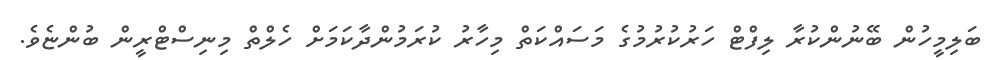
ބަލިމީހުން ބޭނުންކުރާ ލިފްޓް ހަރުކުރުމުގެ މަސައްކަތް މިހާރު ކުރަމުންދާކަމަށް ހެލްތް މިނިސްޓްރީން ބުންޏެވެ.